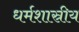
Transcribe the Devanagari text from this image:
धर्मशास्रीय